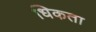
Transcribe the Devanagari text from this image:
धिकता